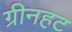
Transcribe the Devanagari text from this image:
ग्रीनहट